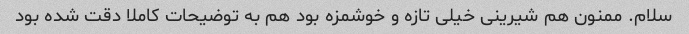
سلام. ممنون هم شیرینی خیلی تازه و خوشمزه بود هم به توضیحات کاملا دقت شده بود